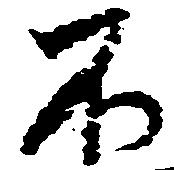
不